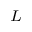
_ L